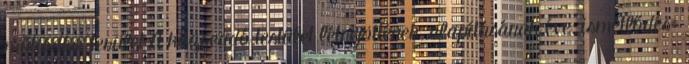
működési terület A közreadó testület létrejöttének, alapításának éve. ismétlődés: